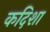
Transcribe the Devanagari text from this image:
कदिशा